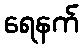
ရေနက်